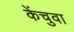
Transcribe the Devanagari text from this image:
केंचुवा